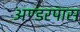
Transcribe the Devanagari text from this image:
अण्डरपास